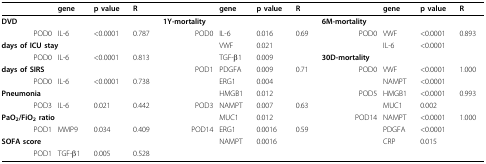
<table><thead><tr><td></td><td><b>gene</b></td><td><b>p value</b></td><td><b>R</b></td><td></td><td><b>gene</b></td><td><b>p value</b></td><td><b>R</b></td><td></td><td><b>gene</b></td><td><b>p value</b></td><td><b>R</b></td></tr></thead><tbody><tr><td><b>DVD</b></td><td></td><td></td><td></td><td><b>1Y-mortality</b></td><td></td><td></td><td></td><td><b>6M-mortality</b></td><td></td><td></td><td></td></tr><tr><td>POD0</td><td>IL-6</td><td>&lt; 0.0001</td><td>0.787</td><td>POD0</td><td>IL-6</td><td>0.016</td><td>0.69</td><td>POD0</td><td>VWF</td><td>&lt; 0.0001</td><td>0.893</td></tr><tr><td colspan="2"><b>days of ICU stay</b></td><td></td><td></td><td></td><td>VWF</td><td>0.021</td><td></td><td></td><td>IL-6</td><td>&lt; 0.0001</td><td></td></tr><tr><td>POD0</td><td>IL-6</td><td>&lt; 0.0001</td><td>0.813</td><td></td><td>TGF-β1</td><td>0.009</td><td></td><td><b>30D-mortality</b></td><td></td><td></td><td></td></tr><tr><td><b>days of SIRS</b></td><td></td><td></td><td></td><td>POD1</td><td>PDGFA</td><td>0.009</td><td>0.71</td><td>POD0</td><td>VWF</td><td>&lt; 0.0001</td><td>1.000</td></tr><tr><td>POD0</td><td>IL-6</td><td>&lt; 0.0001</td><td>0.738</td><td></td><td>ERG1</td><td>0.004</td><td></td><td></td><td>NAMPT</td><td>&lt; 0.0001</td><td></td></tr><tr><td><b>Pneumonia</b></td><td></td><td></td><td></td><td></td><td>HMGB1</td><td>0.012</td><td></td><td>POD5</td><td>HMGB1</td><td>&lt; 0.0001</td><td>0.993</td></tr><tr><td>POD3</td><td>IL-6</td><td>0.021</td><td>0.442</td><td>POD3</td><td>NAMPT</td><td>0.007</td><td>0.63</td><td></td><td>MUC1</td><td>0.002</td><td></td></tr><tr><td colspan="2"><b>PaO</b><sub><b>2</b></sub><b>/FiO</b><sub><b>2 </b></sub><b>ratio</b></td><td></td><td></td><td></td><td>MUC1</td><td>0.012</td><td></td><td>POD14</td><td>NAMPT</td><td>&lt; 0.0001</td><td>1.000</td></tr><tr><td>POD1</td><td>MMP9</td><td>0.034</td><td>0.409</td><td>POD14</td><td>ERG1</td><td>0.0016</td><td>0.59</td><td></td><td>PDGFA</td><td>&lt; 0.0001</td><td></td></tr><tr><td><b>SOFA score</b></td><td></td><td></td><td></td><td></td><td>NAMPT</td><td>0.0016</td><td></td><td></td><td>CRP</td><td>0.015</td><td></td></tr><tr><td>POD1</td><td>TGF-β1</td><td>0.005</td><td>0.528</td><td></td><td></td><td></td><td></td><td></td><td></td><td></td><td></td></tr></tbody></table>